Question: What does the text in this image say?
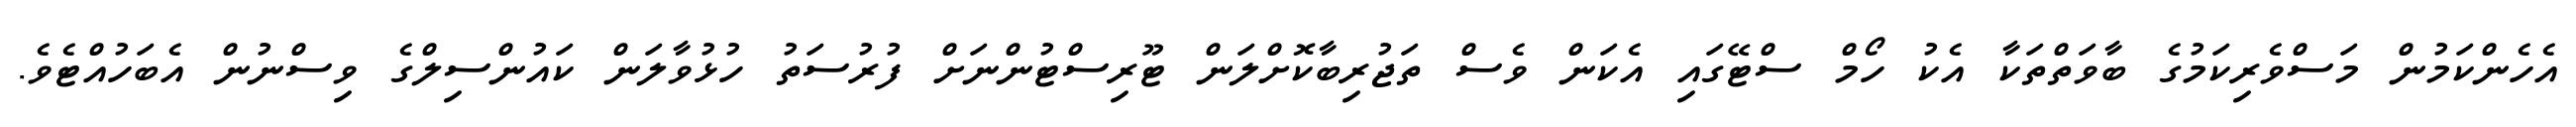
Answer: އެހެންކަމުން މަސްވެރިކަމުގެ ބާވަތްތަކާ އެކު ހޯމް ސްޓޭގައި އެކަން ވެސް ތަޖުރިބާކޮށްލަން ޓޫރިސްޓުންނަށް ފުރުސަތު ހުޅުވާލަން ކައުންސިލްގެ ވިސްނުން އެބަހުއްޓެވެ.